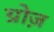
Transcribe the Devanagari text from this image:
ग्रोज़